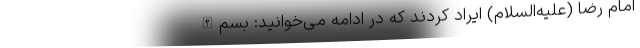
امام رضا (علیه‌السلام) ایراد کردند که در ادامه می‌خوانید: بسم‌الله